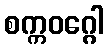
စက္ကဝဂ္ဂေါ